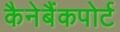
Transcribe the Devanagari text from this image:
कैनेबैंकपोर्ट